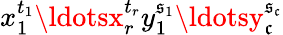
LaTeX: x_{1}^{t_{1}}\ldotsx_{r}^{t_{r}}y_{1}^{\mathfrak{s}_{1}}\ldotsy_{\mathfrak{c}}^{\mathfrak{s}_{\mathfrak{c}}}